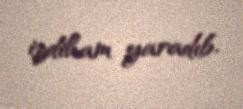
izdiham yaradıb.